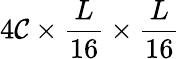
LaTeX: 4\mathcal{C}\times\frac{{L}}{{16}}\times\frac{{L}}{{16}}